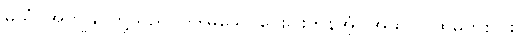
မယံ၊ အကျွန်ုပ်တို့သည်။ ဒဒါမသေ၊ ပေးပါးကုန်အံ့။ အထဝါ၊ ထိုမှတစ်ပါး။